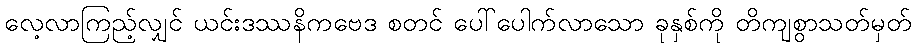
လေ့လာကြည့်လျှင် ယင်းဒဿနိကဗေဒ စတင် ပေါ်ပေါက်လာသော ခုနှစ်ကို တိကျစွာသတ်မှတ်